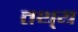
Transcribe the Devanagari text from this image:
तथ्‌य